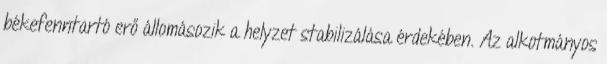
békefenntartó erő állomásozik a helyzet stabilizálása érdekében. Az alkotmányos